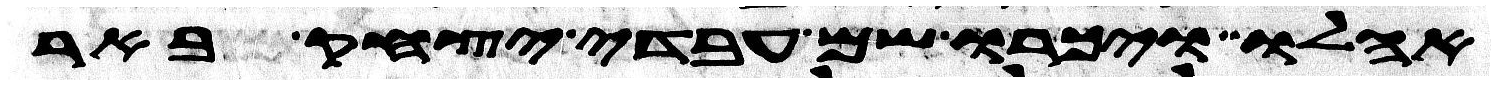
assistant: אהלו ויכרו שם עבדי יצחק באר